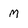
Character: M